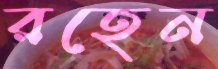
রহেন